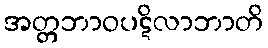
အတ္တဘာဝပဋိလာဘာတိ